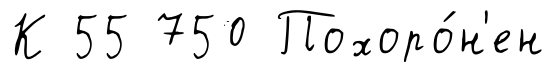
К 55 750 Похоро́н'ен